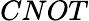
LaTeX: CNOT